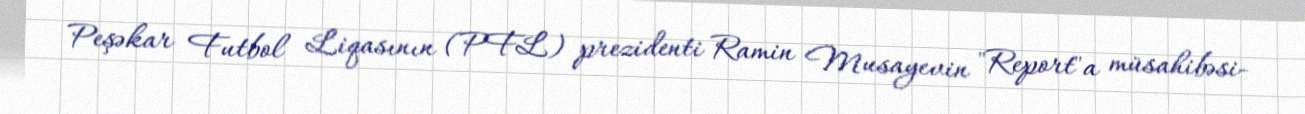
Peşəkar Futbol Liqasının (PFL) prezidenti Ramin Musayevin "Report"a müsahibəsi-